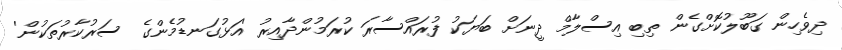
ދިވެހިން ގަބޫލުކޮށްގެން ތިބި އިސްލާމް ދީނަށް ބަޔަކު ފުރައްސާރަ ކުރަމުންދާއިރު 'އަޅުގަނޑުމެންގެ ސަރުކާރުތަކުން'